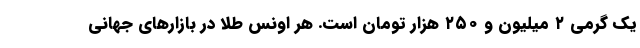
یک گرمی ۲ میلیون و ۲۵۰ هزار تومان است. هر اونس طلا در بازارهای جهانی